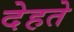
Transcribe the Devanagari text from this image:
देहते